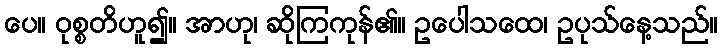
ပေ။ ဝုစ္စတိဟူ၍။ အာဟု၊ ဆိုကြကုန်၏။ ဥပေါသထေ၊ ဥပုသ်နေ့သည်။